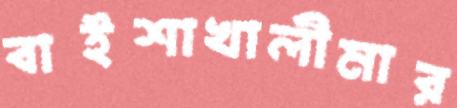
বাইশাখালীমার